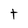
Character: t